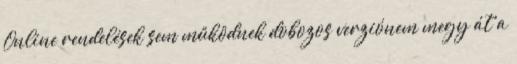
Online rendelések sem működnek dobozos verziónem megy át a